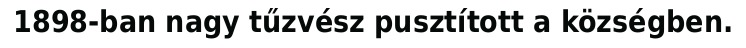
1898-ban nagy tűzvész pusztított a községben.